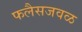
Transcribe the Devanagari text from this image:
फलैसजवळ